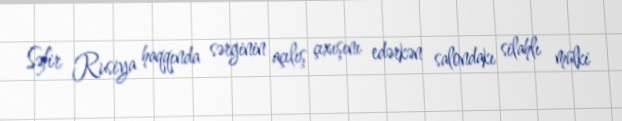
Səfir Rusiya haqqında sərginin açılış çıxışını edərkən salondakı silahlı mülki